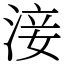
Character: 淁